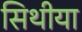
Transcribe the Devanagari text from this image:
सिथीया